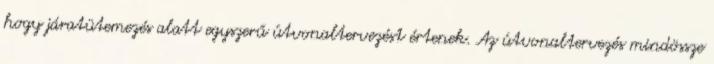
hogy járatütemezés alatt egyszerű útvonaltervezést értenek. Az útvonaltervezés mindössze